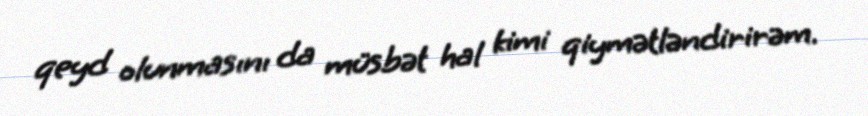
qeyd olunmasını da müsbət hal kimi qiymətləndirirəm.